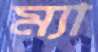
ম্যা